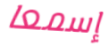
إسمعا